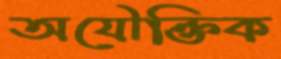
অযৌক্তিক